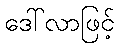
ဒေါ်လာဖြင့်